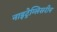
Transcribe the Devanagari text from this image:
नाइट्रेग्लिसरीन